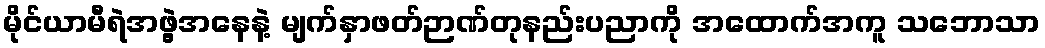
မိုင်ယာမီရဲအဖွဲ့အနေနဲ့ မျက်နှာဖတ်ဉာဏ်တုနည်းပညာကို အထောက်အကူ သဘောသာ